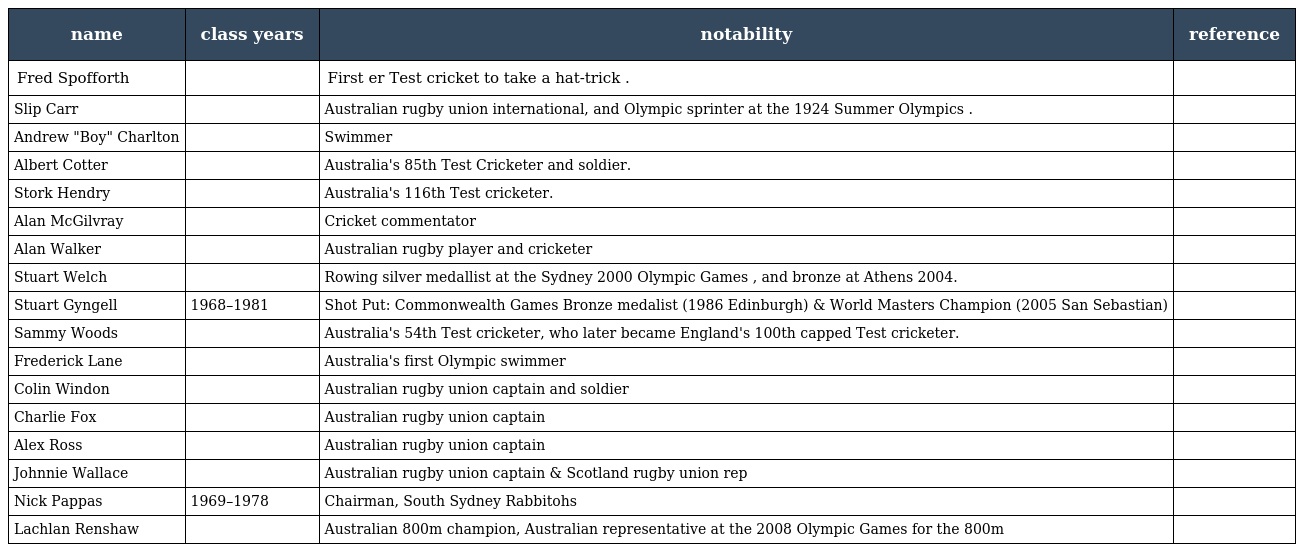
| name | class years | notability | reference |
 | --- | --- | --- | --- |
 | Fred Spofforth |  | First er Test cricket to take a hat-trick . |  |
 | Slip Carr |  | Australian rugby union international, and Olympic sprinter at the 1924 Summer Olympics . |  |
 | Andrew "Boy" Charlton |  | Swimmer |  |
 | Albert Cotter |  | Australia's 85th Test Cricketer and soldier. |  |
 | Stork Hendry |  | Australia's 116th Test cricketer. |  |
 | Alan McGilvray |  | Cricket commentator |  |
 | Alan Walker |  | Australian rugby player and cricketer |  |
 | Stuart Welch |  | Rowing silver medallist at the Sydney 2000 Olympic Games , and bronze at Athens 2004. |  |
 | Stuart Gyngell | 1968–1981 | Shot Put: Commonwealth Games Bronze medalist (1986 Edinburgh) & World Masters Champion (2005 San Sebastian) |  |
 | Sammy Woods |  | Australia's 54th Test cricketer, who later became England's 100th capped Test cricketer. |  |
 | Frederick Lane |  | Australia's first Olympic swimmer |  |
 | Colin Windon |  | Australian rugby union captain and soldier |  |
 | Charlie Fox |  | Australian rugby union captain |  |
 | Alex Ross |  | Australian rugby union captain |  |
 | Johnnie Wallace |  | Australian rugby union captain & Scotland rugby union rep |  |
 | Nick Pappas | 1969–1978 | Chairman, South Sydney Rabbitohs |  |
 | Lachlan Renshaw |  | Australian 800m champion, Australian representative at the 2008 Olympic Games for the 800m |  |